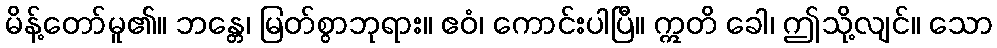
မိန့်တော်မူ၏။ ဘန္တေ၊ မြတ်စွာဘုရား။ ဧဝံ၊ ကောင်းပါပြီ။ ဣတိ ခေါ၊ ဤသို့လျင်။ သော